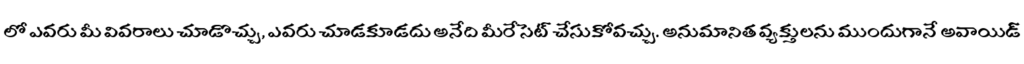
లో ఎవరు మీ వివరాలు చూడొచ్చు, ఎవరు చూడకూడదు అనేది మీరే సెట్ చేసుకోవచ్చు. అనుమానిత వ్యక్తులను ముందుగానే అవాయిడ్